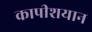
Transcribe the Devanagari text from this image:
कापीशयान